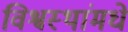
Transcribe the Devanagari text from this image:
विश्वस्थांमधे